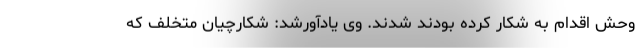
وحش اقدام به شکار کرده بودند شدند. وی یادآورشد: شکارچیان متخلف که